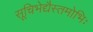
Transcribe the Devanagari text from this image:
सूचिभेद्यैस्तमोभिः